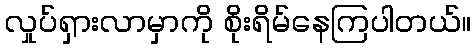
လှုပ်ရှားလာမှာကို စိုးရိမ်နေကြပါတယ်။